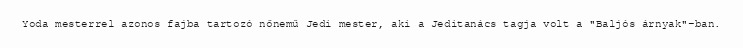
Yoda mesterrel azonos fajba tartozó nőnemű Jedi mester, aki a Jeditanács tagja volt a "Baljós árnyak"-ban.